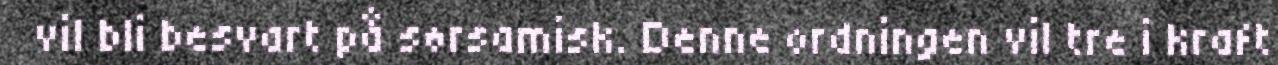
vil bli besvart på sørsamisk. Denne ordningen vil tre i kraft